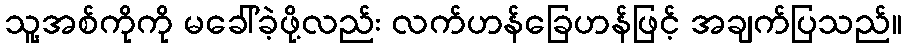
သူ့အစ်ကိုကို မခေါ်ခဲ့ဖို့လည်း လက်ဟန်ခြေဟန်ဖြင့် အချက်ပြသည်။